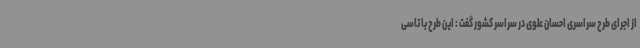
از اجرای طرح سراسری احسان علوی در سراسر کشور گفت : این طرح با تاسی